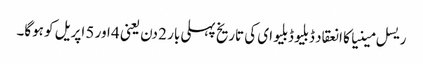
ریسل مینیا کا انعقاد ڈبلیو ڈبلیو ای کی تاریخ پہلی بار 2 دن یعنی 4 اور 5 اپریل کو ہوگا۔